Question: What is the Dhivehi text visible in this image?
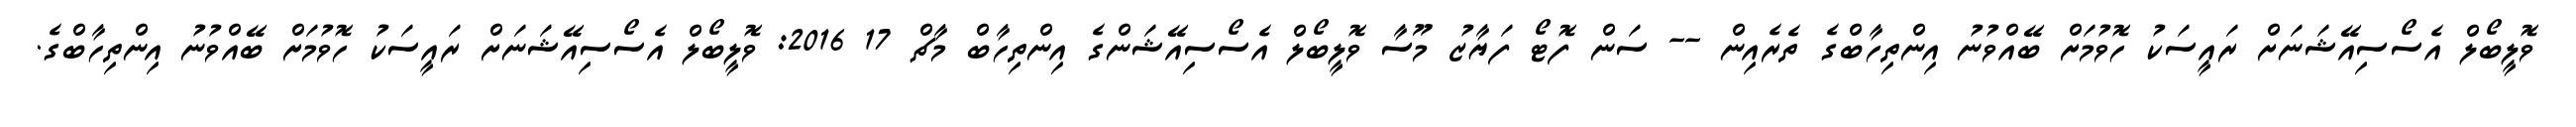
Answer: ވޮލީބޯލް އެސޯސިއޭޝަނަށް ރައީސަކު ހޮވުމަށް ބޭއްވުނު އިންތިހާބްގެ ތެރެއިން -- ސަން ފޮޓޯ ފަޔާޒު މޫސާ ވޮލީބޯލް އެސޯސިއޭޝަންގެ އިންތިހާބް މާޗް 17 2016: ވޮލީބޯލް އެސޯސިއޭޝަނަށް ރައީސަކު ހޮވުމަށް ބޭއްވުނު އިންތިހާބްގެ.